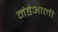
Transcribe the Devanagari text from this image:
मंडेआली